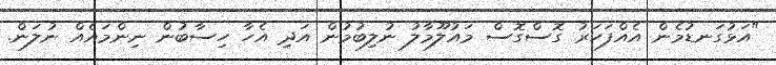
"އަޅުގަނޑުމެން އެއްފަހަރު ގޮސްގޮސް މައުލޫމާލު ނުލިބުމުން އަދި އެހާ ހިސާބުން ނިންމައެއް ނުލަން.